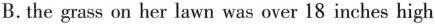
B. the grass on her lawn was over 18 inches high